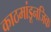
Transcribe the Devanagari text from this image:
काठमांडूनजिक